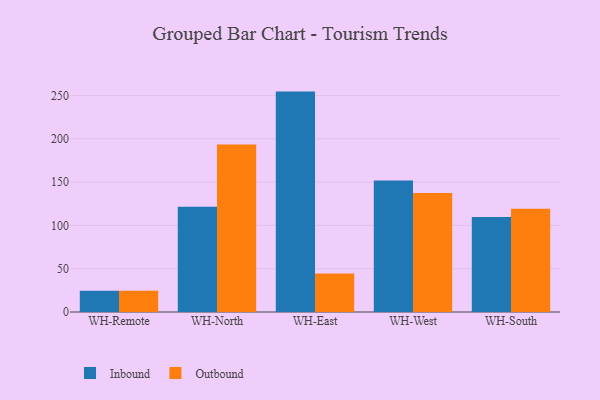
{"axis": {"x": "Warehouse", "y": "Energy Usage (MWh)"}, "legend": ["Inbound", "Outbound"], "data": [{"x": "WH-Remote", "y": 24.5, "type": "Inbound"}, {"x": "WH-Remote", "y": 24.4, "type": "Outbound"}, {"x": "WH-North", "y": 121.6, "type": "Inbound"}, {"x": "WH-North", "y": 193.3, "type": "Outbound"}, {"x": "WH-East", "y": 254.4, "type": "Inbound"}, {"x": "WH-East", "y": 44.4, "type": "Outbound"}, {"x": "WH-West", "y": 151.9, "type": "Inbound"}, {"x": "WH-West", "y": 137.4, "type": "Outbound"}, {"x": "WH-South", "y": 109.7, "type": "Inbound"}, {"x": "WH-South", "y": 119.1, "type": "Outbound"}]}